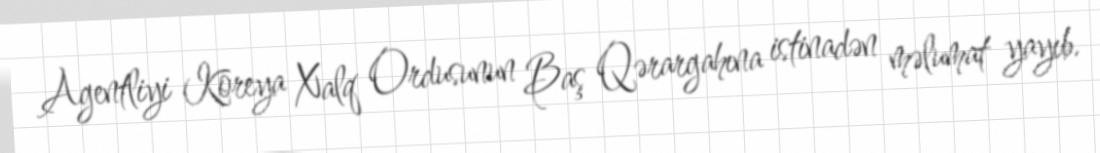
Agentliyi Koreya Xalq Ordusunun Baş Qərargahına istinadən məlumat yayıb.